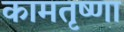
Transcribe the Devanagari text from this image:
कामतृष्णा